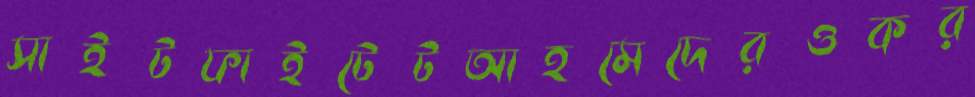
সাইটফাইটেটআহমেদেরওকর